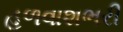
હળવાશભરી